Problem: 3 × 7 = ?
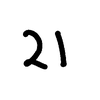
Handwritten answer: 21